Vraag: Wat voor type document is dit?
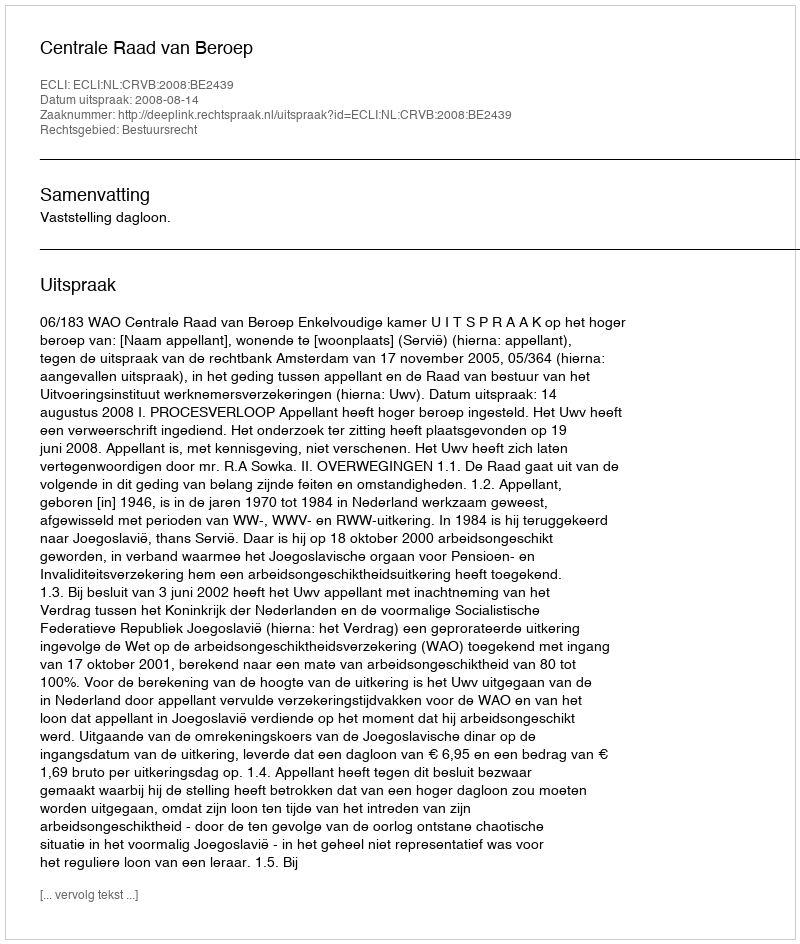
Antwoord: Uitspraak